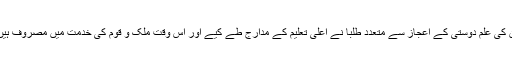
ان کی علم دوستی کے اعجاز سے متعدد طلبا نے اعلیٰ تعلیم کے مدارج طے کیے اور اس وقت ملک و قوم کی خدمت میں مصروف ہیں۔